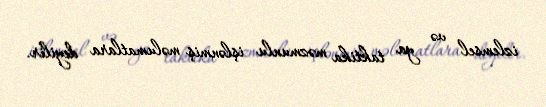
izlemsel və ya taktika məzmunlu işlənmiş məlumatlara deyilir.